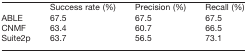
<table><thead><tr><td></td><td><b>Success rate (%)</b></td><td><b>Precision (%)</b></td><td><b>Recall (%)</b></td></tr></thead><tbody><tr><td>ABLE</td><td>67.5</td><td>67.5</td><td>67.5</td></tr><tr><td>CNMF</td><td>63.4</td><td>60.7</td><td>66.5</td></tr><tr><td>Suite2p</td><td>63.7</td><td>56.5</td><td>73.1</td></tr></tbody></table>